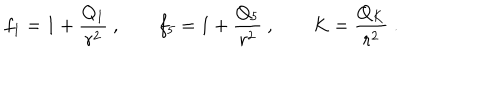
LaTeX: f _ { 1 } = 1 + { \frac { Q _ { 1 } } { r ^ { 2 } } } \ , \qquad f _ { 5 } = 1 + { \frac { Q _ { 5 } } { r ^ { 2 } } } \ , \qquad K = { \frac { Q _ { K } } { r ^ { 2 } } } \ .